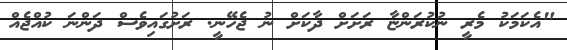
"އެކަމަކު މެރީ ނުކުރަންޏާ ރަށަށް ދާކަށް ނު ޖެހޭނީ. ރަށުގައިވެސް ދަންނަ ކުއްޖެއް